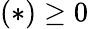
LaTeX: (\ast)\geq 0